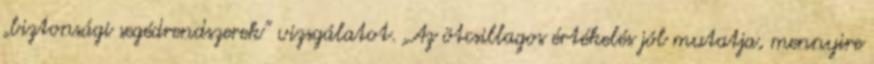
„biztonsági segédrendszerek” vizsgálatot. „Az ötcsillagos értékelés jól mutatja, mennyire